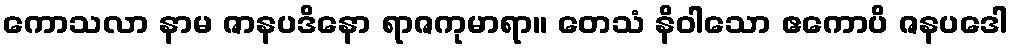
ကောသလာ နာမ ဇာနပဒိနော ရာဇကုမာရာ။ တေသံ နိဝါသော ဧကောပိ ဇနပဒေါ